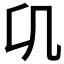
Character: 𭂪